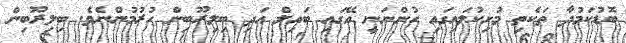
ބޮޑުކަމުދާ ތަކެތި މުށިކުލައިގައި ހުންނަނީ އޭގައި ބައިލް އަދި ބިލިރޫބިން ހުރުމުންނެވެ. ބިލިރޫބިން